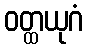
ဝတ္ထယုဂံ